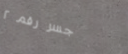
جسر رقم ٢